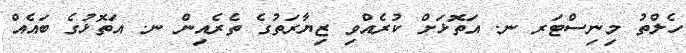
ހެލްތު މިނިސްޓަރ ނ. އަތޮޅަށް ކުރެއްވި ޒިޔާރަތުގެ ތެރެއިން ނ. އަތޮޅުގެ ބައެއް